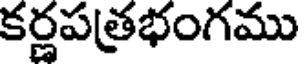
కర్ణపత్రభంగము